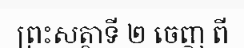
ព្រះសត្ថាទី ២ ចេញ ពី